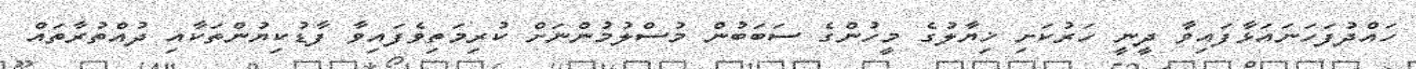
ހައްދުފަހަނައަޅާފައިވާ ދީނީ ހަރުކަށި ޚިޔާލުގެ މީހުންގެ ސަބަބުން މުސްލުމުންނަށް ކުރިމަތިވެފައިވާ ފާޑުކިޔުުންތަކާއި ދުއްތުރާތައް